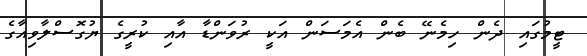
ޓީމުގައި ދެން ހިމެނޭ ބެން އެމަސަން އަކީ ރުވަންޑާ އާއި ކުރީގެ ޔުގޮސްލާވިއާގެ